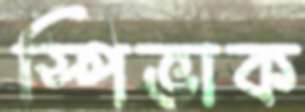
স্পিভাক